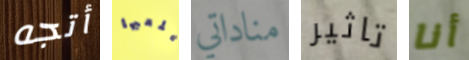
أتجه يلعبها مناداتي تاثير أنا